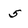
Character: 5